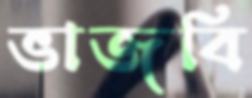
ভাজবি